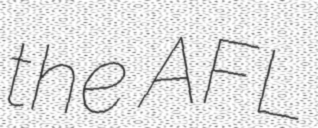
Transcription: the AFL